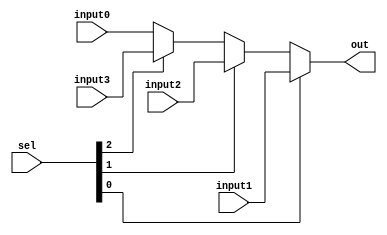
`timescale 1ns / 1ps
//////////////////////////////////////////////////////////////////////////////////
// Company: 
// Engineer: 
// 
// Design Name: 
// Module Name: PCMUX
// Project Name: 
// Target Devices: 
// Tool Versions: 
// Description: 
// 
// Dependencies: 
// 
// Revision:
// Revision 0.01 - File Created
// Additional Comments:
// 
//////////////////////////////////////////////////////////////////////////////////


module PCMUX(
        input [31:0] input0,
        input [31:0] input1, //jump
        input [31:0] input2, // beq
        input [31:0] input3, // jr address
        input [2:0] sel,
        output [31:0] out
    );

    assign out = (sel[0]? input1:(sel[1]?input2:(sel[2]?input3:input0)));

endmodule